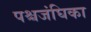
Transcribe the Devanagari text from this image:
पश्चजंघिका